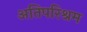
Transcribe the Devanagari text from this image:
अतिपरिश्रम